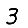
Digit: 3